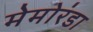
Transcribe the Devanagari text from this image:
मेमोरंडा